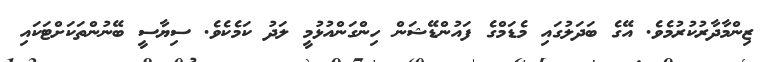
ޒިންމާދާރުކުރުމެވެ. އޭގެ ބަދަލުގައި މެޑަމްގެ ފައުންޑޭޝަން ހިންގަންއުޅުމީ ލަދު ކަމެކެވެ. ސިޔާސީ ބޭނުންތަކަށްޓަކައި